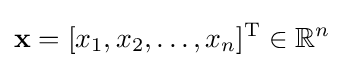
\mathbf {x} =[x_{1},x_{2},\ldots ,x_{n}]^{\text{T}}\in \mathbb {R} ^{n}